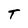
Character: T